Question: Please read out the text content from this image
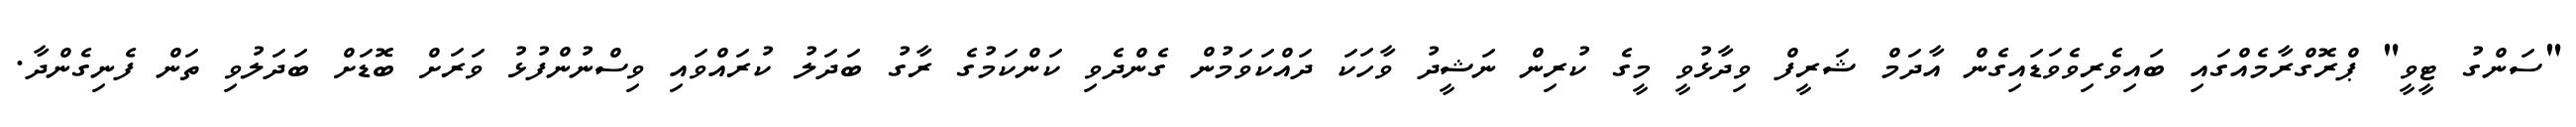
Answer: "ސަންގު ޓީވީ" ޕްރޮގްރާމެއްގައި ބައިވެރިވެވަޑައިގެން އާދަމް ޝަރީފް ވިދާޅުވީ މީގެ ކުރިން ނަޝީދު ވާހަކަ ދައްކަވަމުން ގެންދެވި ކަންކަމުގެ ރާގު ބަދަލު ކުރައްވައި ވިސްނުންފުޅު ވަރަށް ބޮޑަށް ބަދަލުވި ތަން ފެނިގެންދާ.